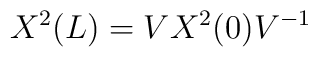
X^2 (L) = V X^2 (0) V^{-1}